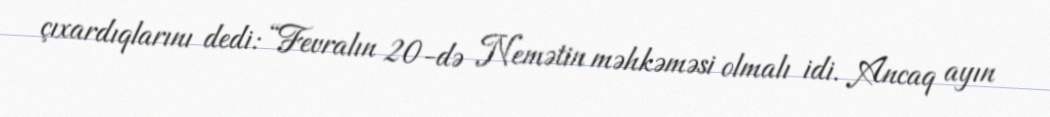
çıxardıqlarını dedi: “Fevralın 20-də Nemətin məhkəməsi olmalı idi. Ancaq ayın